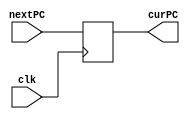
`timescale 1ns / 1ps
//////////////////////////////////////////////////////////////////////////////////
// School: PSU Main Campus
// Name: Justin Ngo
// 
// Project Name: Final Project, Piplelined CPU
// Modules Contained: PC, PCAdder, instMem, IFID
//////////////////////////////////////////////////////////////////////////////////

// Module      : PC (Program Counter)
// Description : On positive clock edge, update curPC with value of nextPC
// Input(s)    : Clock, nextPC
// Output(s)   : curPC
module pc(input clk, input [31:0] nextPC, output reg[31:0] curPC);
    
    //Initialize pc to 100 
    initial begin
        curPC = 32'd100;   
    end      
    
    //Set pc equal to nextPC
    always @(posedge clk) begin 
        curPC <= nextPC;
    end 
endmodule


// Module      : Adder
// Description : On signal change, set nextPC to curPC + 4
// Input(s)    : curPC
// Output(s)   : nextPC
module pcAdder(input [31:0] curPC, output reg[31:0] nextPC);
             
    always @(*) begin
        nextPC = curPC + 32'd4;
    end 

endmodule 


// Module      : InstMem (Instruction Memory)
// Description : On any signal change, set instOut to the value of IM at curPC
// Input(s)    : curPC
// Output(s)   : instOut
module instMem(input [31:0] curPC, output reg[31:0] instOut); 
                
    reg[31:0] iMem[63:0];

    initial begin
        //add $3, $1, $2    000000 00001 00010 00011 00000 100000
        iMem[25] <= 32'b00000000001000110001100000100000;

        //sub $4, $9, $3    000000 01001 00011 00100 00000 100010
        iMem[26] <= 32'b00000001001000110010000000100010;

        //or $5, $3, $9     000000 00011 01001 00101 00000 100101
        iMem[27] <= 32'b00000000011010010010100000100101;

        //xor $6, $3, $9    000000 00011 01001 00110 00000 100110
        iMem[28] <= 32'b00000000011010010011000000100110;

        //and $7, $3, $9    000000 00011 01001 00111 00000 100100
        iMem[29] <= 32'b00000000011010010011100000100100;
    end
    
    //sets the values of instOut
    always @ (*)begin
        instOut = iMem[curPC[31:2]];
    end
endmodule 


// Module      : IFID (Instruction Fetch Instruction Decode)
// Description : On positive clock edge, set dinstOut to instOut
// Input(s)    : Clock, instOut
// Output(s)   : dinstOut
module IFID(input clk, input[31:0] instOut, output reg[31:0] dinstOut);
            
    always @(posedge clk) begin 
        dinstOut <= instOut;
    end

endmodule